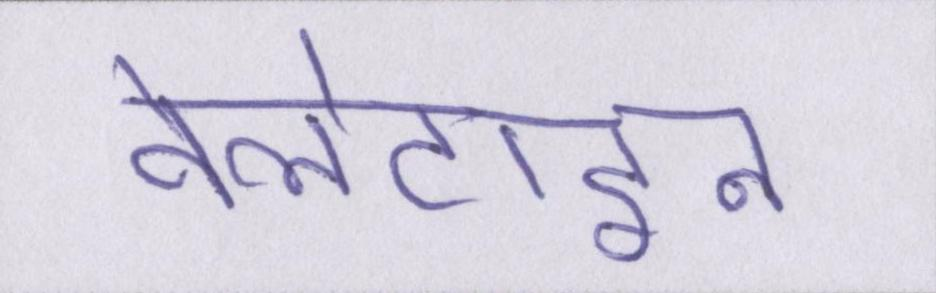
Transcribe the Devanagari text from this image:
वेलेंटाइन